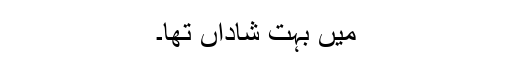
میں بہت شاداں تھا۔